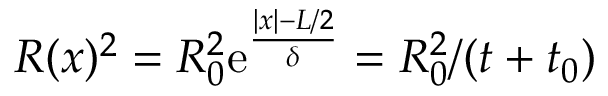
R ( x ) ^ { 2 } = R _ { 0 } ^ { 2 } \mathrm { e } ^ { \frac { | x | - L / 2 } { \delta } } = R _ { 0 } ^ { 2 } / ( t + t _ { 0 } )